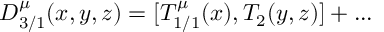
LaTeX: D _ { 3 / 1 } ^ { \mu } ( x , y , z ) = [ T _ { 1 / 1 } ^ { \mu } ( x ) , T _ { 2 } ( y , z ) ] + . . .